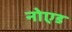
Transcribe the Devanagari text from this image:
नोएड